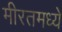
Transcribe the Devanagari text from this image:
मीरतमध्ये